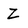
Character: Z